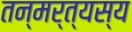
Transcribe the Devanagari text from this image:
तन्मर्त्यस्य